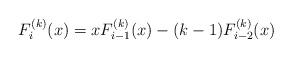
LaTeX: \begin{align*} F_i^{(k)}(x)=x F_{i-1}^{(k)}(x)- (k-1) F_{i-2}^{(k)}(x)\end{align*}